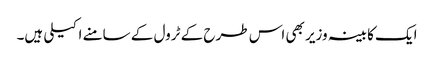
ایک کابینہ وزیر بھی اس طرح کے ٹرول کے سامنے اکیلی ہیں۔